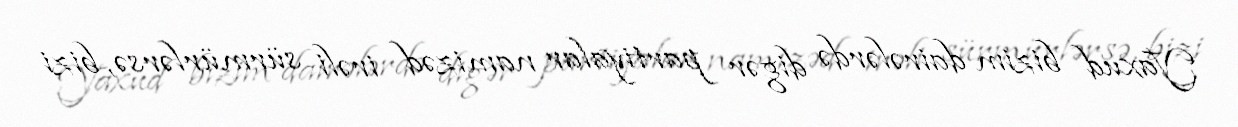
Yaxud bizim dairələrdə digər partiyalar namizəd irəli sürmürlərsə, bizi